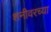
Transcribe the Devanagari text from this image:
शनीवरच्या